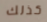
كذلك